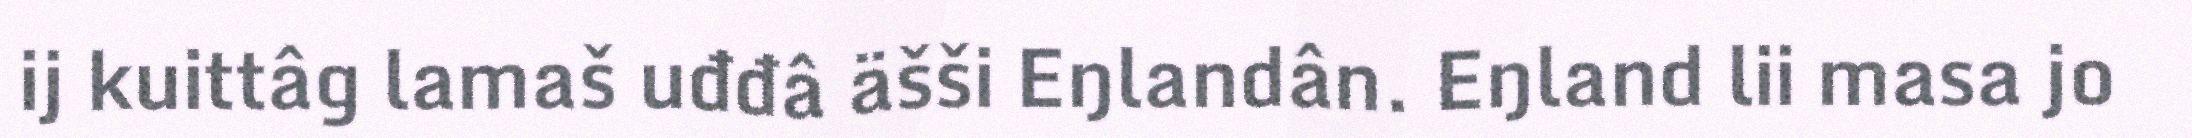
ij kuittâg lamaš uđđâ äšši Eŋlandân. Eŋland lii masa jo